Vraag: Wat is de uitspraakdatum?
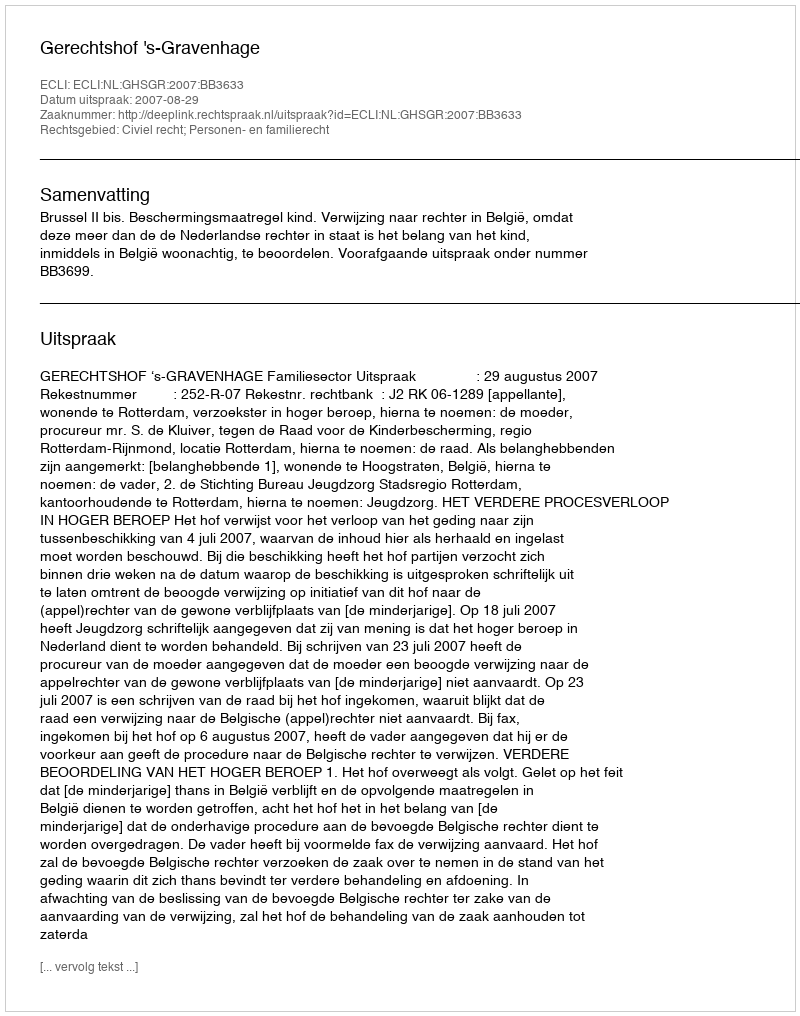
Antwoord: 2007-08-29